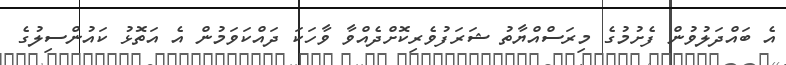
އެ ބައްދަލުވުން ފެށުމުގެ މިރަސްއްޔާތު ޝަރަފުވެރިކޮށްދެއްވާ ވާހަކަ ދައްކަވަމުން އެ އަތޮޅު ކައުންސިލުގެ